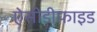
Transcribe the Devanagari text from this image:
ऐसीडीफाइड